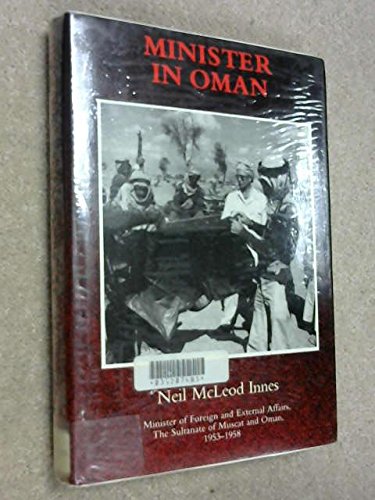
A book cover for Minister in Oman: Memoirs of Oman in the 1950's (Arabia Past & Present); Neil McLeod Innes; History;